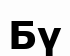
Бү